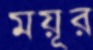
ময়ূর